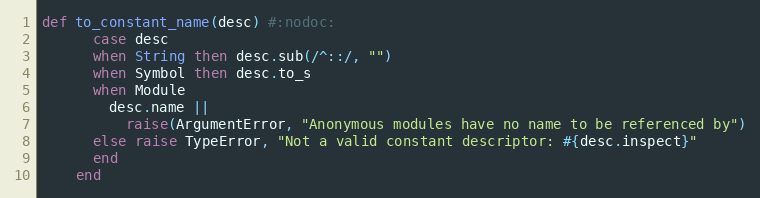
Language: Ruby
def to_constant_name(desc) #:nodoc:
      case desc
      when String then desc.sub(/^::/, "")
      when Symbol then desc.to_s
      when Module
        desc.name ||
          raise(ArgumentError, "Anonymous modules have no name to be referenced by")
      else raise TypeError, "Not a valid constant descriptor: #{desc.inspect}"
      end
    end